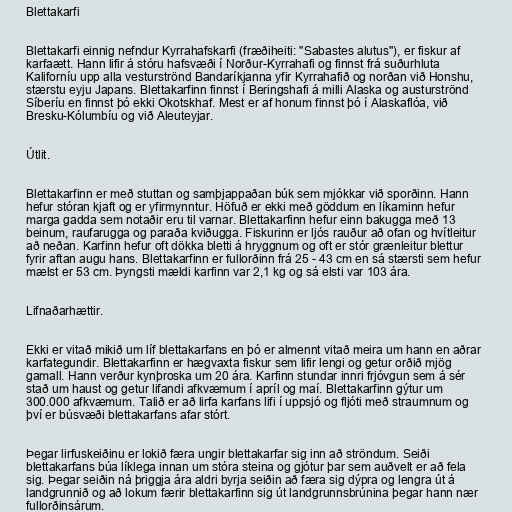
Blettakarfi

Blettakarfi einnig nefndur Kyrrahafskarfi (fræðiheiti: "Sabastes alutus"), er fiskur af
karfaætt. Hann lifir á stóru hafsvæði í Norður-Kyrrahafi og finnst frá suðurhluta
Kaliforníu upp alla vesturströnd Bandaríkjanna yfir Kyrrahafið og norðan við Honshu,
stærstu eyju Japans. Blettakarfinn finnst í Beringshafi á milli Alaska og austurströnd
Síberíu en finnst þó ekki Okotskhaf. Mest er af honum finnst þó í Alaskaflóa, við
Bresku-Kólumbíu og við Aleuteyjar.

Útlit.

Blettakarfinn er með stuttan og samþjappaðan búk sem mjókkar við sporðinn. Hann
hefur stóran kjaft og er yfirmynntur. Höfuð er ekki með göddum en líkaminn hefur
marga gadda sem notaðir eru til varnar. Blettakarfinn hefur einn bakugga með 13
beinum, raufarugga og paraða kviðugga. Fiskurinn er ljós rauður að ofan og hvítleitur
að neðan. Karfinn hefur oft dökka bletti á hryggnum og oft er stór grænleitur blettur
fyrir aftan augu hans. Blettakarfinn er fullorðinn frá 25 - 43 cm en sá stærsti sem hefur
mælst er 53 cm. Þyngsti mældi karfinn var 2,1 kg og sá elsti var 103 ára.

Lifnaðarhættir.

Ekki er vitað mikið um líf blettakarfans en þó er almennt vitað meira um hann en aðrar
karfategundir. Blettakarfinn er hægvaxta fiskur sem lifir lengi og getur orðið mjög
gamall. Hann verður kynþroska um 20 ára. Karfinn stundar innri frjóvgun sem á sér
stað um haust og getur lifandi afkvæmum í apríl og maí. Blettakarfinn gýtur um
300.000 afkvæmum. Talið er að lirfa karfans lifi í uppsjó og fljóti með straumnum og
því er búsvæði blettakarfans afar stórt.

Þegar lirfuskeiðinu er lokið færa ungir blettakarfar sig inn að ströndum. Seiði
blettakarfans búa líklega innan um stóra steina og gjótur þar sem auðvelt er að fela
sig. Þegar seiðin ná þriggja ára aldri byrja seiðin að færa sig dýpra og lengra út á
landgrunnið og að lokum færir blettakarfinn sig út landgrunnsbrúnina þegar hann nær
fullorðinsárum.